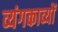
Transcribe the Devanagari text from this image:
व्यंगकाव्यों